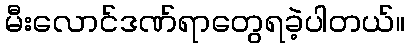
မီးလောင်ဒဏ်ရာတွေရခဲ့ပါတယ်။